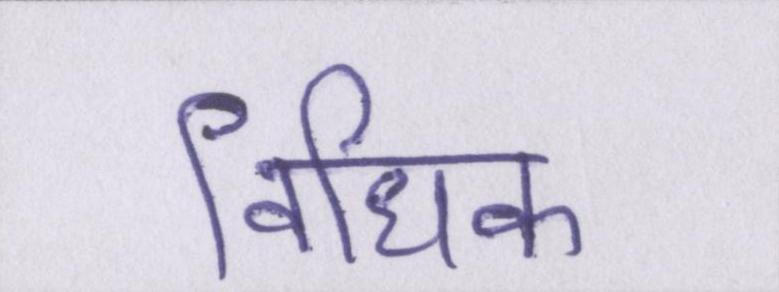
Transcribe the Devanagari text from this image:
विधिक